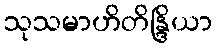
သုသမာဟိတိန္ဒြိယာ